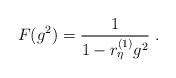
LaTeX: \begin{align*}F(g^ 2) = \frac 1 {1 -r^{(1)}_\eta g^2}\ .\end{align*}